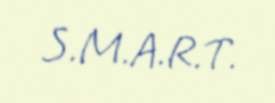
S.M.A.R.T.